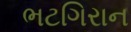
ભટગિરાન